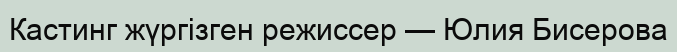
Кастинг жүргізген режиссер — Юлия Бисерова